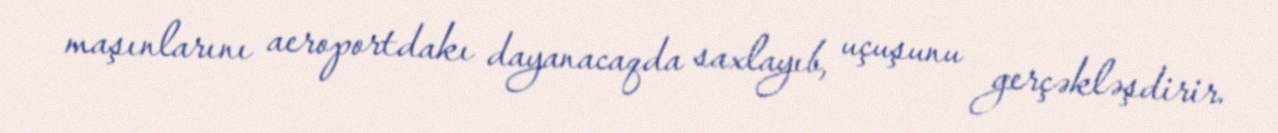
maşınlarını aeroportdakı dayanacaqda saxlayıb, uçuşunu gerçəkləşdirir.